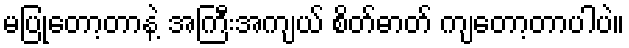
မပြုတော့တာနဲ့ အကြီးအကျယ် စိတ်ဓာတ် ကျတော့တာပါပဲ။